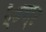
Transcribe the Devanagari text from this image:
ऐडवर्ट